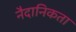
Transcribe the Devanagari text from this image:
नैदानिकता